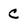
Character: C